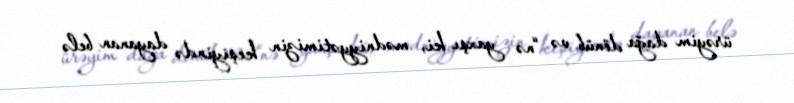
ürəyim dağa dönüb və “nə yaxşı ki, mədniyyətimizin keşiyində dayanan belə